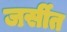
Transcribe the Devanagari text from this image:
जर्सीत